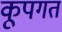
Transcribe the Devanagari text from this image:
कूपगतं